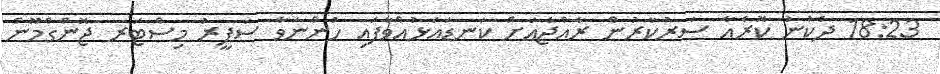
18:23 ދެކުނު ކޮރެއާ ސަރުކާރުން ރާއްޖެއަށް ކަނޑައަޅުއްވާފައި ހުންނަވާ ސަފީރު މިސްޓަރ ޖޮންގްމޫން